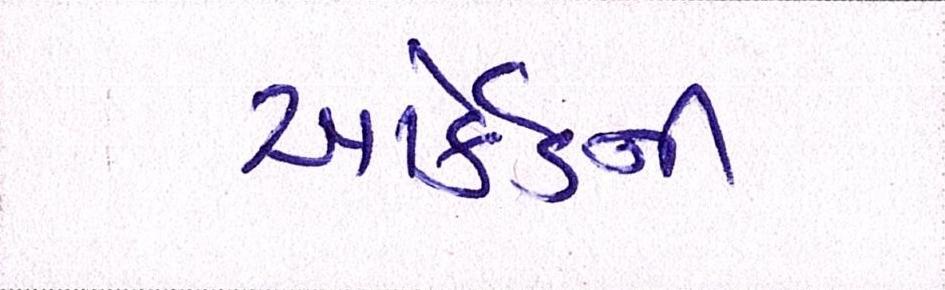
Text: આર્કેડની